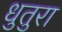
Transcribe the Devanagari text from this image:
धुतुरा